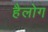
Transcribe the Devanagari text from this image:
हैलोग